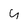
Character: y